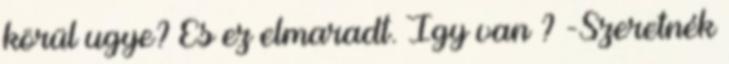
körül ugye? És ez elmaradt. Így van ? -Szeretnék